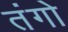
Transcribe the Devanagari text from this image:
तंगो